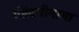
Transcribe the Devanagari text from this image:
जिंदगीनामा